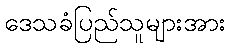
ဒေသခံပြည်သူများအား